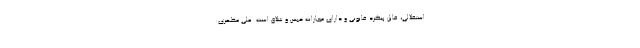
استقلالی، قابل پیگرد قانونی و دارای مجازات حبس و شلاق است. علی مطهری: